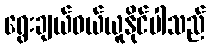
ရွေးချယ်ဝယ်ယူနိုင်ပါသည်